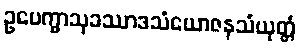
ဥပေက္ခာသုခဿာဒသံယောဇနသံယုတ္တံ